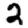
Digit: 2